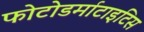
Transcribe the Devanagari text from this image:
फोटोडर्माटाइटिस